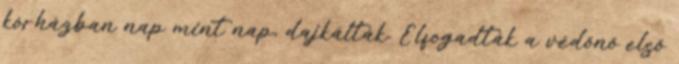
kórházban nap mint nap, dajkálták. Elfogadták a védőnő első